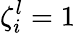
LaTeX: \zeta_{i}^{l}=1